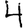
Digit: 4